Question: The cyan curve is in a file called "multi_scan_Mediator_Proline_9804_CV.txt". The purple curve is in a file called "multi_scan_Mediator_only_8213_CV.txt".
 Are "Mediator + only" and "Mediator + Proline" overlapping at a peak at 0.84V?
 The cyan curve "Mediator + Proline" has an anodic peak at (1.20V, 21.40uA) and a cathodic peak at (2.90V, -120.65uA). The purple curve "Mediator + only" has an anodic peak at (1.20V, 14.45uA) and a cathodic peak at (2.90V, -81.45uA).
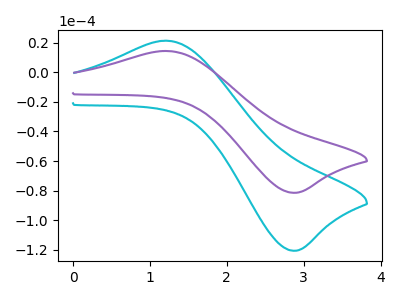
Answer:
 <answer>No, "Mediator + only" and "Mediator + Proline" dont share a peak at 0.84V.</answer>
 <eval>mismatch</eval>